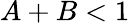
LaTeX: A+B<1